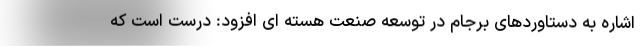
اشاره به دستاوردهای برجام در توسعه صنعت هسته ای افزود: درست است که